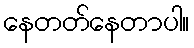
နေတတ်နေတာပါ။